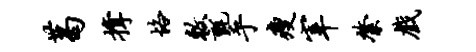
葛撑恪敕毡乎瘦宰綮戏